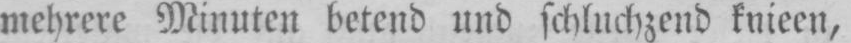
mehrere Minuten betend und schluchzend knieen,